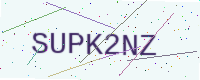
Text: SUPK2NZ